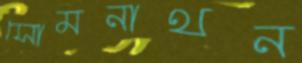
সোমনাথন